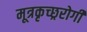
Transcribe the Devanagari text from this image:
मूत्रकृच्छ्ररोगी